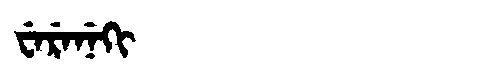
Manchu: ᠸᡝᡵᡝᠨᡝᡴᡳ
Romanization: WERENEKI